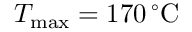
T _ { \mathrm { m a x } } = 1 7 0 \, ^ { \circ } \mathrm { C }